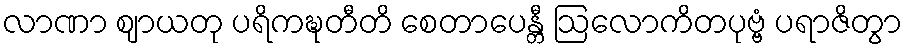
လာဏာ ဈာယတု ပရိကဍ္ဎတီတိ စေတာပေန္တီ ဩလောကိတပုဗ္ဗံ ပရာဇိတွာ